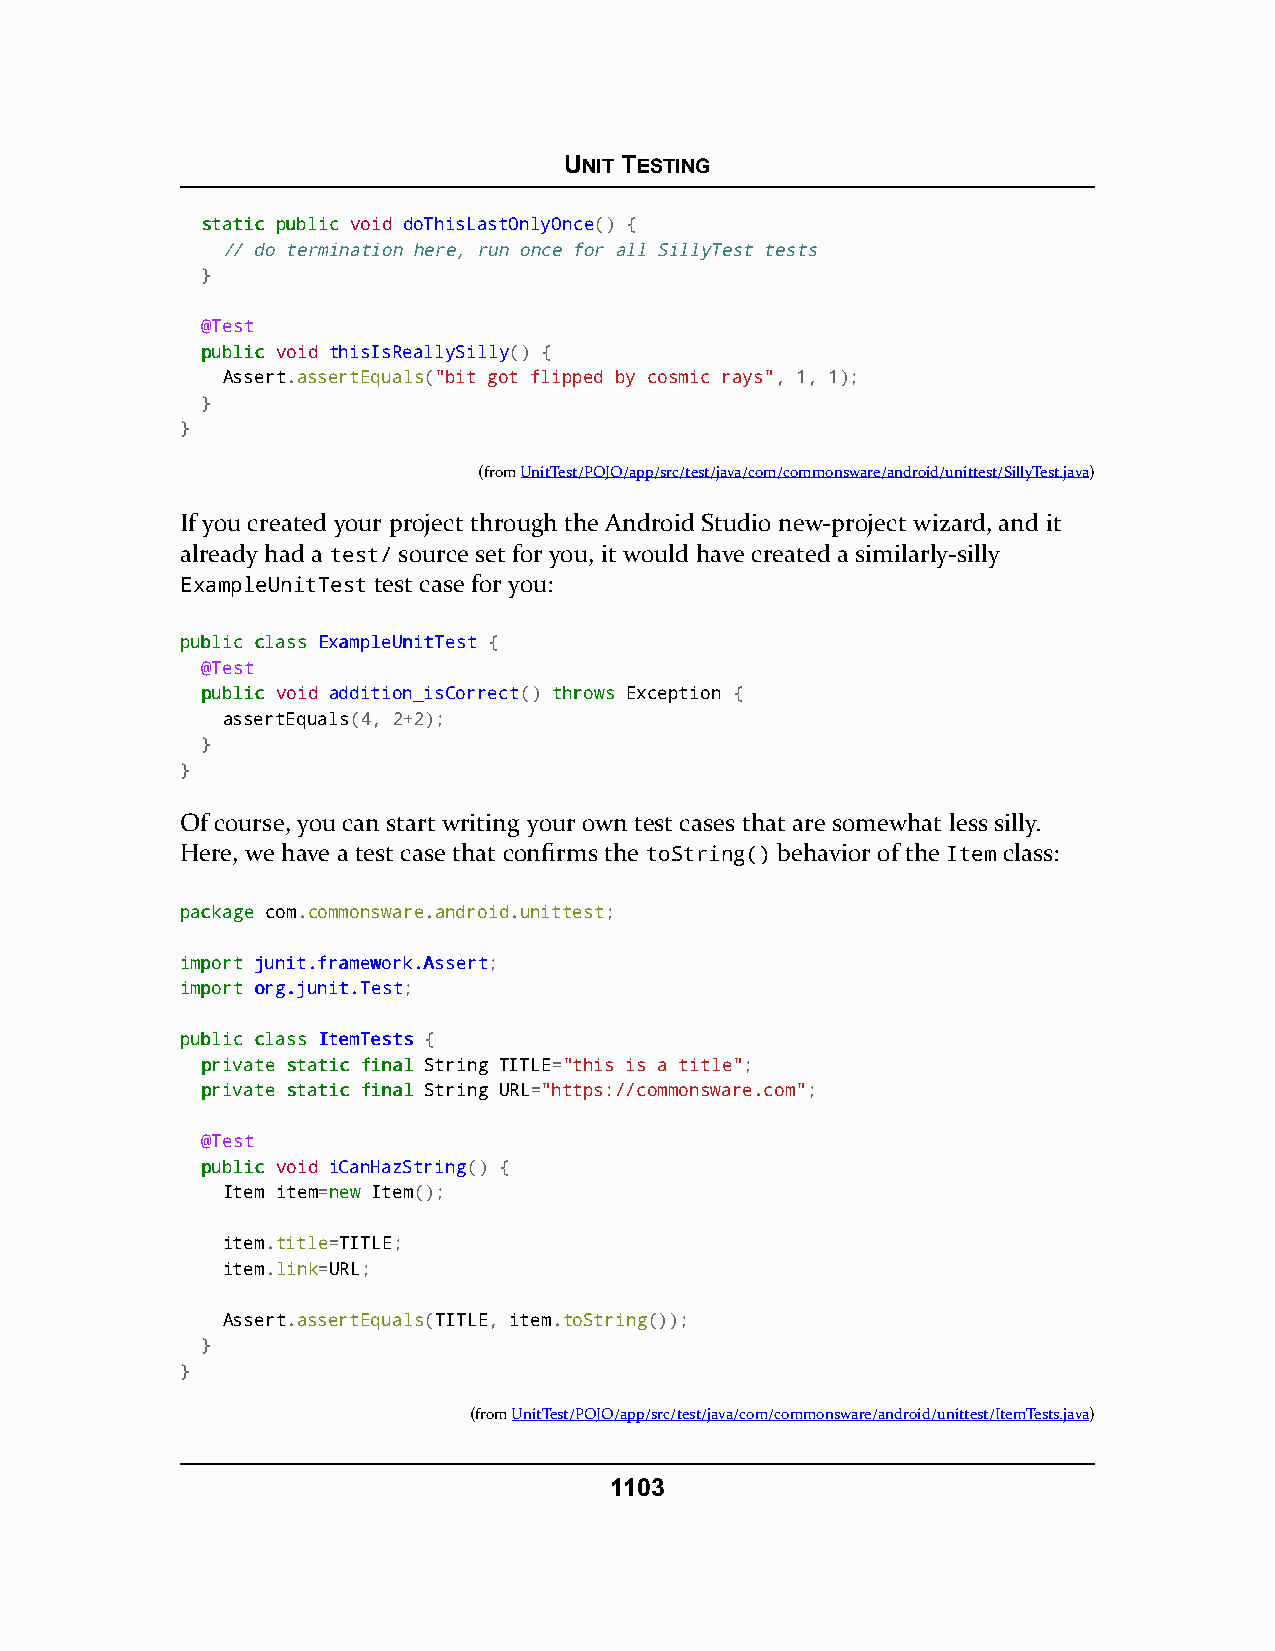
UNIT TESTING
 ssttaattiicc ppuubblliicc void doThisLastOnlyOnce() {
 // do termination here, run once for all SillyTest tests
 }
 @Test
 ppuubblliicc void thisIsReallySilly() {
 Assert.assertEquals("bit got flipped by cosmic rays", 1, 1);
 }
 }
 (fromUnitTest/POJO/app/src/test/java/com/commonsware/android/unittest/SillyTest.java)
 If you created your project through the Android Studio new-project wizard, and it
 already had a test/ source set for you, it would have created a similarly-silly
 ExampleUnitTest test case for you:
 ppuubblliicc ccllaassss EExxaammpplleeUUnniittTTeesstt {
 @Test
 ppuubblliicc void addition_isCorrect() tthhrroowwss Exception {
 assertEquals(4, 2+2);
 }
 }
 Of course, you can start writing your own test cases that are somewhat less silly.
 Here, we have a test case that confirms the toString() behavior of the Item class:
 ppaacckkaaggee com.commonsware.android.unittest;
 iimmppoorrtt jjuunniitt..ffrraammeewwoorrkk..AAsssseerrtt;
 iimmppoorrtt oorrgg..jjuunniitt..TTeesstt;
 ppuubblliicc ccllaassss IItteemmTTeessttss {
 pprriivvaattee ssttaattiicc ffiinnaall String TITLE="this is a title";
 pprriivvaattee ssttaattiicc ffiinnaall String URL="https://commonsware.com";
 @Test
 ppuubblliicc void iCanHazString() {
 Item item=nneeww Item();
 item.title=TITLE;
 item.link=URL;
 Assert.assertEquals(TITLE, item.toString());
 }
 }
 (fromUnitTest/POJO/app/src/test/java/com/commonsware/android/unittest/ItemTests.java)
 1103